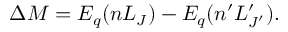
\Delta M = E _ { q } ( n L _ { J } ) - E _ { q } ( n ^ { \prime } L _ { J ^ { \prime } } ^ { \prime } ) .